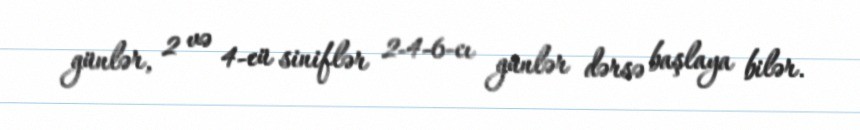
günlər, 2 və 4-cü siniflər 2-4-6-cı günlər dərsə başlaya bilər.